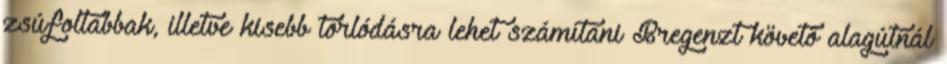
zsúfoltabbak, illetve kisebb torlódásra lehet számítani Bregenzt követő alagútnál